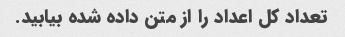
تعداد کل اعداد را از متن داده شده بیابید.